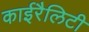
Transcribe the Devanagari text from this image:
काईरैलिटी